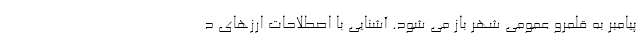
پیامبر به قلمرو عمومی شهر باز می شود. آشنایی با اصطلاحات ارزهای د